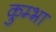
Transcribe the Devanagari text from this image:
कुम्‍भा